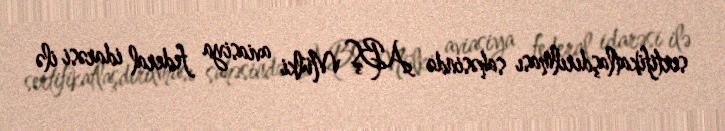
sertifikatlaşdırılması sahəsində ABŞ Mülki aviasiya federal idarəsi ilə